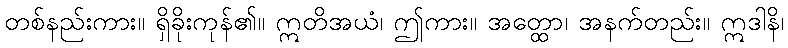
တစ်နည်းကား။ ရှိခိုးကုန်၏။ ဣတိအယံ၊ ဤကား။ အတ္ထော၊ အနက်တည်း။ ဣဒါနိ၊